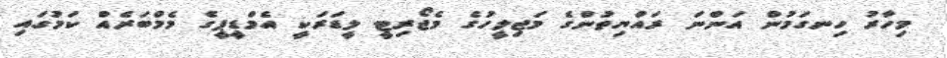
މިހާރު ހިނގަމުން އަންނަ ރައްޔިތުންގެ މަޖިލީހުގެ މެޖޯރިޓީ ލީޑަރަކީ އެމްޑީޕީގެ މެމްބަރެއް ކަމުގައި